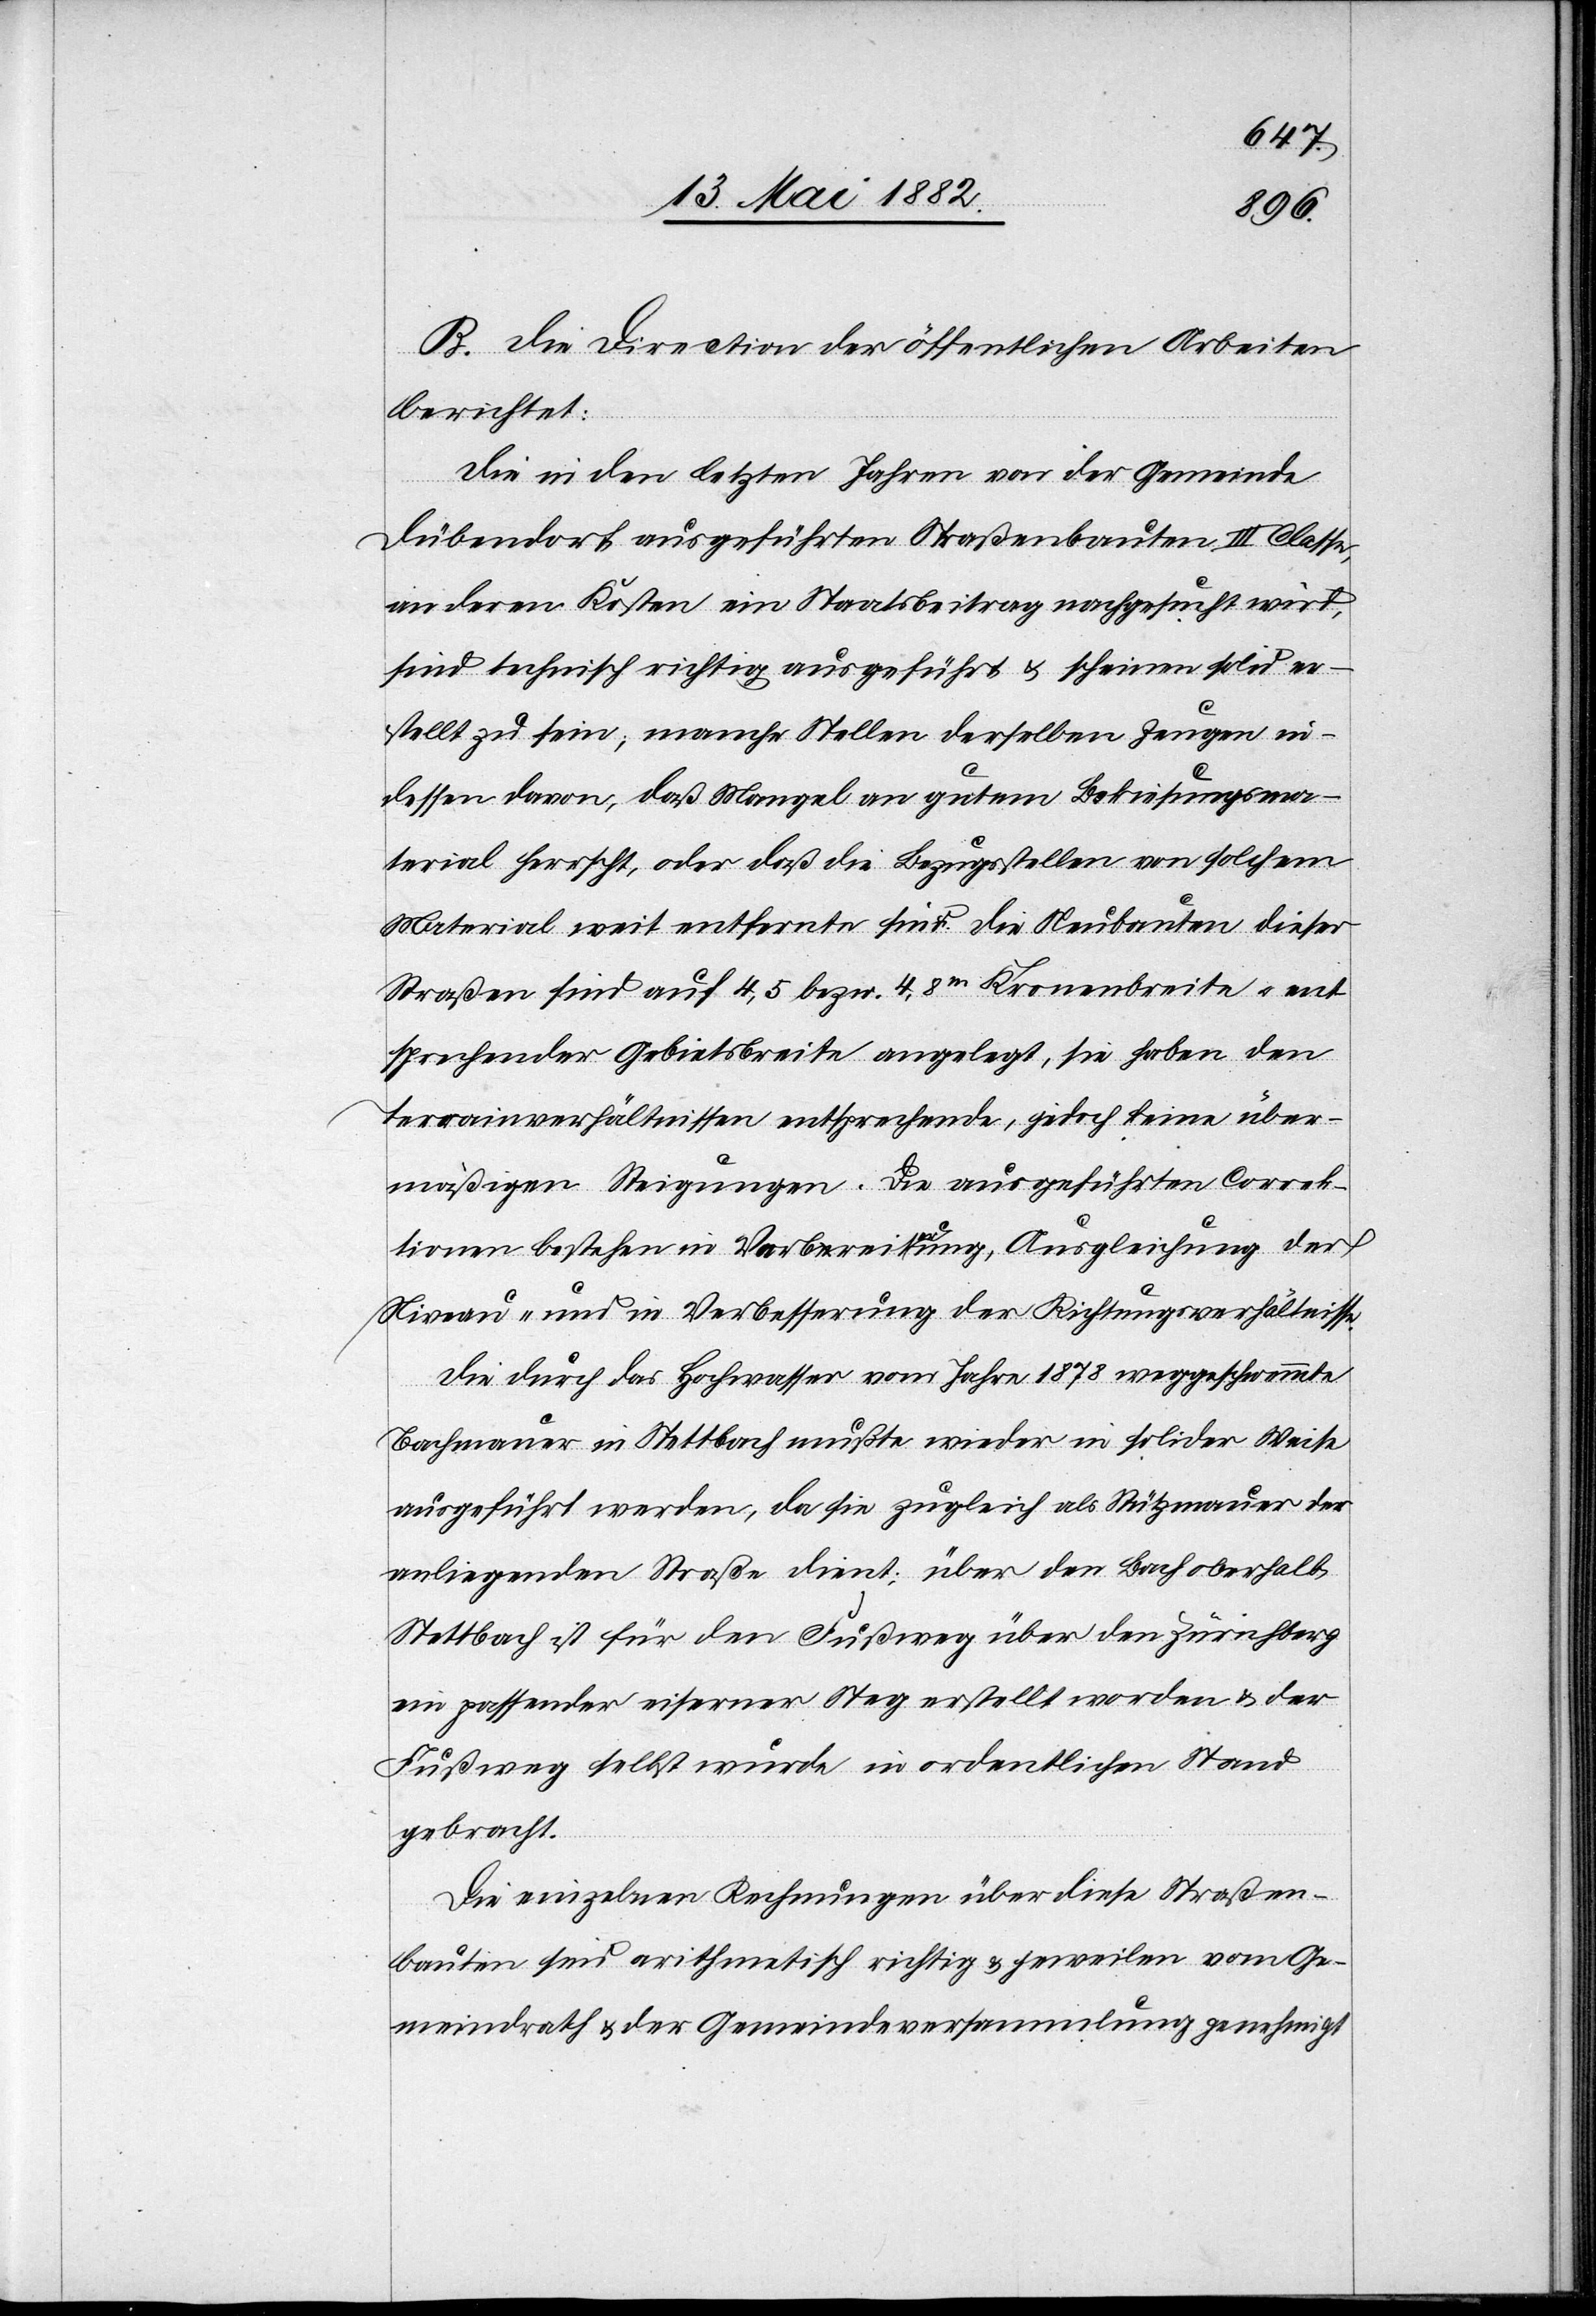
B. Die Direction der öffentlichen Arbeiten
berichtet:
Die in den letzten Jahren von der Gemeinde
Dübendorf ausgeführten Straßenbauten III. Classe,
an deren Kosten ein Staatsbeitrag nachgesucht wird,
sind technisch richtig ausgeführt & scheinen solid er¬
stellt zu sein; manche Stellen derselben zeugen in¬
dessen davon, daß Mangel an gutem Bekiesungsma¬
terial herrscht, oder daß die Bezugsstellen von solchem
Material weit entfernte sind. Die Neubauten dieser
Straßen sind auf 4,5 bezw. 4,8m Kronenbreite u. ent¬
sprechender Gebietsbreite angelegt, sie haben den
Terrainverhältnissen entsprechende, jedoch keine über¬
mäßigen Steigungen. Die ausgeführten Correk¬
tionen bestehen in Verbreiterung, Ausgleichung der
Niveau- und in Verbesserung der Richtungsverhältnisse.
Die durch das Hochwasser vom Jahre 1878 weggeschwemmte
Bachmauer in Stettbach mußte wieder in solider Weise
ausgeführt werden, da sie zugleich als Stützmauer der
anliegenden Straße dient; über den Bach oberhalb
Stettbach ist für den Fußweg über den Zürichberg
ein passender eiserner Steg erstellt worden & der
Fußweg selbst wurde in ordentlichen Stand
gebracht.
Die einzelnen Rechnungen über diese Straßen¬
bauten sind arithmetisch richtig & jeweilen vom Ge¬
meindrath & der Gemeindeversammlung genehmigt